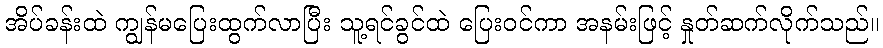
အိပ်ခန်းထဲ ကျွန်မပြေးထွက်လာပြီး သူ့ရင်ခွင်ထဲ ပြေးဝင်ကာ အနမ်းဖြင့် နှုတ်ဆက်လိုက်သည်။